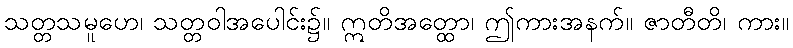
သတ္တသမူဟေ၊ သတ္တဝါအပေါင်း၌။ ဣတိအတ္ထော၊ ဤကားအနက်။ ဇာတီတိ၊ ကား။